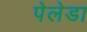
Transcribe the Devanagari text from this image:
पेलेडा